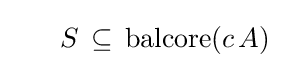
\;\;\;\;\;\;S\,\subseteq \,\operatorname {balcore} (c\,A)